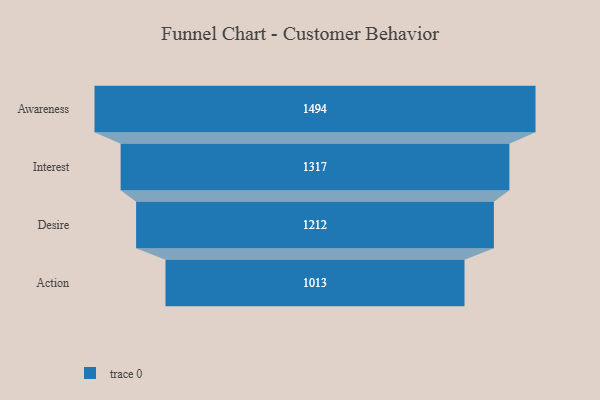
{"axis": {"x": "Stage", "y": "Value"}, "legend": [""], "data": [{"x": "Awareness", "y": 1494.0, "type": ""}, {"x": "Interest", "y": 1317.0, "type": ""}, {"x": "Desire", "y": 1212.0, "type": ""}, {"x": "Action", "y": 1013.0, "type": ""}]}